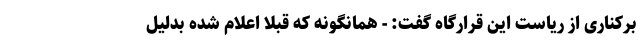
برکناری از ریاست این قرارگاه گفت: - همانگونه که قبلا اعلام شده بدلیل